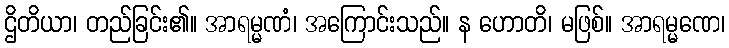
ဌိတိယာ၊ တည်ခြင်း၏။ အာရမ္မဏံ၊ အကြောင်းသည်။ န ဟောတိ၊ မဖြစ်။ အာရမ္မဏေ၊